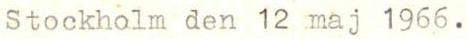
Stockholm den 12 maj 1966.